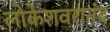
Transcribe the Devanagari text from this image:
लोकेशवरानंद